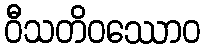
ဝီသတိဝဿောဝ